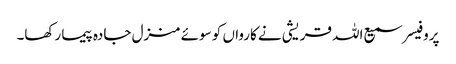
پروفیسر سمیع اللہ قریشی نے کارواں کو سوئے منزل جادہ پیما رکھا۔